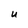
Character: U